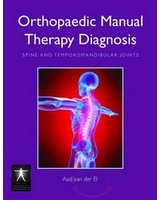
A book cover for Orthopaedic Manual Therapy Diagnosis: Spine And Temporomandibular Joints (Hb 2010); El Der A. V.; Medical Books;